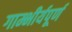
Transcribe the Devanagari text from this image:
गाम्भीर्यपूर्ण